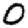
Digit: 0